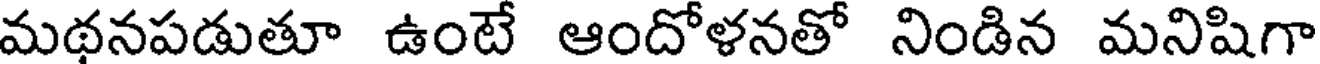
మథనపడుతూ ఉంటే ఆందోళనతో నిండిన మనిషిగా